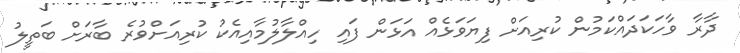
ދާރާ ވާހަކަދައްކަމުން ކުރިއަށް ފިޔަވަޅެއް އަޅަން ފައި ހިއްލާލުމާއިއެކު ކުރިއަށްވުރެ ބާރަށް ބަތީލު